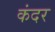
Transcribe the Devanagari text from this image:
कंदर